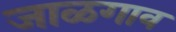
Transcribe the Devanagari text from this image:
जाळगाव